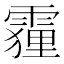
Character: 𮦦